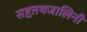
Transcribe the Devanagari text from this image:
सद्दतथजालिनी